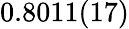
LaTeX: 0.8011(17)